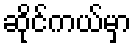
ဆိုင်ကယ်မှာ